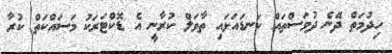
ހިދުމަތް ދޭނެ ދުވަސްތައް ކަނޑައަޅައި ތާވަލް ކުރާނީ އެ ޑޮކްޓަރަކު މަސައްކަތް ކުރާ